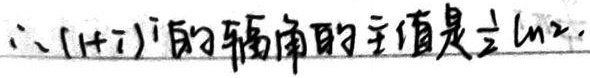
\(\therefore(1 + i)^i\) 的辐角的主值是 \(\frac{1}{2}\ln 2\)。